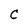
Character: C